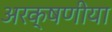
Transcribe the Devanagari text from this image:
अरक्षणीया